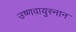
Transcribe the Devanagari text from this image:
उष्णवायुस्नान